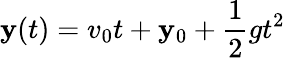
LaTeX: \mathbf{y}(t)=v_{0}t+\mathbf{y}_{0}+{\frac{{1}}{{2}}}gt^{2}